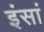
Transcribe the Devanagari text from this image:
इंसां